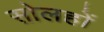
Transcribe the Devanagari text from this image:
सोलहों